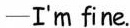
—I'm fine.